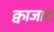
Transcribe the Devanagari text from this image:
क्वाजार